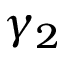
\gamma _ { 2 }